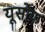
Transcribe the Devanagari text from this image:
यूसोफ